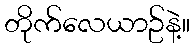
တိုက်လေယာဥ်နဲ့။